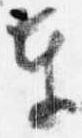
奉